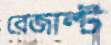
রেজাল্ট